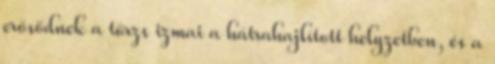
erősödnek a törzs izmai a hátrahajlított helyzetben, és a